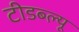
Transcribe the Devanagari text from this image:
टीडब्‍ल्‍यू